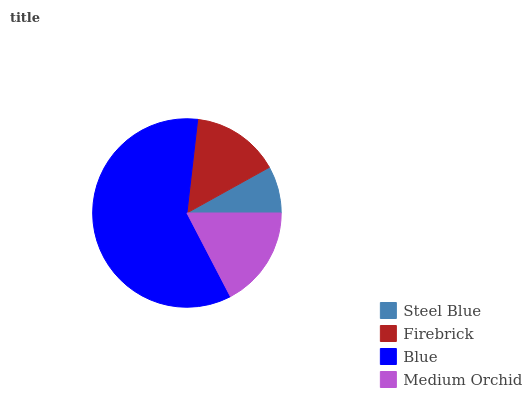
| Steel Blue | Firebrick | Blue | Medium Orchid |
 | --- | --- | --- | --- |
 | 8.05% | 15.1% | 59.5% | 17.3% |